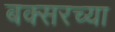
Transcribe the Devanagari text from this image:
बक्सरच्या